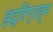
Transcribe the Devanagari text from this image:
इंद्रिग्राह्म